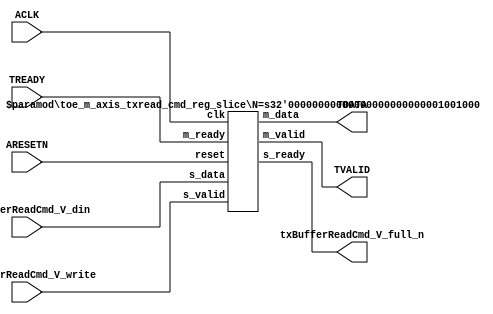
// This program was cloned from: https://github.com/mustafabbas/ECE1373_2016_hft_on_fpga
// License: MIT License

// ==============================================================
// File generated by Vivado(TM) HLS - High-Level Synthesis from C, C++ and SystemC
// Version: 2015.1
// Copyright (C) 2015 Xilinx Inc. All rights reserved.
// 
// ==============================================================


`timescale 1ns/1ps

module toe_m_axis_txread_cmd_if (
    // AXI4-Stream singals
    input  wire        ACLK,
    input  wire        ARESETN,
    output wire        TVALID,
    input  wire        TREADY,
    output wire [71:0] TDATA,
    // User signals
    input  wire [71:0] txBufferReadCmd_V_din,
    output wire        txBufferReadCmd_V_full_n,
    input  wire        txBufferReadCmd_V_write
);
//------------------------Local signal-------------------
// register slice
wire [0:0]  s_valid;
wire [0:0]  s_ready;
wire [71:0] s_data;
wire [0:0]  m_valid;
wire [0:0]  m_ready;
wire [71:0] m_data;

//------------------------Instantiation------------------
// rs
toe_m_axis_txread_cmd_reg_slice #(
    .N       ( 72 )
) rs (
    .clk     ( ACLK ),
    .reset   ( ARESETN ),
    .s_data  ( s_data ),
    .s_valid ( s_valid ),
    .s_ready ( s_ready ),
    .m_data  ( m_data ),
    .m_valid ( m_valid ),
    .m_ready ( m_ready )
);

//------------------------Body---------------------------
// AXI4-Stream
assign TVALID                   = m_valid;
assign TDATA                    = m_data[71:0];
// Register Slice
assign s_valid                  = txBufferReadCmd_V_write;
assign m_ready                  = TREADY;
assign s_data                   = txBufferReadCmd_V_din;
// User Signal
assign txBufferReadCmd_V_full_n = s_ready;

endmodule



`timescale 1ns/1ps

module toe_m_axis_txread_cmd_reg_slice
#(parameter
    N = 8   // data width
) (
    // system signals
    input  wire         clk,
    input  wire         reset,
    // slave side
    input  wire [N-1:0] s_data,
    input  wire         s_valid,
    output wire         s_ready,
    // master side
    output wire [N-1:0] m_data,
    output wire         m_valid,
    input  wire         m_ready
);
//------------------------Parameter----------------------
// state
localparam [1:0]
    ZERO = 2'b10,
    ONE  = 2'b11,
    TWO  = 2'b01;
//------------------------Local signal-------------------
reg  [N-1:0] data_p1;
reg  [N-1:0] data_p2;
wire         load_p1;
wire         load_p2;
wire         load_p1_from_p2;
reg          s_ready_t;
reg  [1:0]   state;
reg  [1:0]   next;
//------------------------Body---------------------------
assign s_ready = s_ready_t;
assign m_data  = data_p1;
assign m_valid = state[0];

assign load_p1 = (state == ZERO && s_valid) ||
                 (state == ONE && s_valid && m_ready) ||
                 (state == TWO && m_ready);
assign load_p2 = s_valid & s_ready;
assign load_p1_from_p2 = (state == TWO);

// data_p1
always @(posedge clk) begin
    if (load_p1) begin
        if (load_p1_from_p2)
            data_p1 <= data_p2;
        else
            data_p1 <= s_data;
    end
end

// data_p2
always @(posedge clk) begin
    if (load_p2) data_p2 <= s_data;
end

// s_ready_t
always @(posedge clk) begin
    if (~reset)
        s_ready_t <= 1'b0;
    else if (state == ZERO)
        s_ready_t <= 1'b1;
    else if (state == ONE && next == TWO)
        s_ready_t <= 1'b0;
    else if (state == TWO && next == ONE)
        s_ready_t <= 1'b1;
end

// state
always @(posedge clk) begin
    if (~reset)
        state <= ZERO;
    else
        state <= next;
end

// next
always @(*) begin
    case (state)
        ZERO:
            if (s_valid & s_ready)
                next = ONE;
            else
                next = ZERO;
        ONE:
            if (~s_valid & m_ready)
                next = ZERO;
            else if (s_valid & ~m_ready)
                next = TWO;
            else
                next = ONE;
        TWO:
            if (m_ready)
                next = ONE;
            else
                next = TWO;
        default:
            next = ZERO;
    endcase
end

endmodule